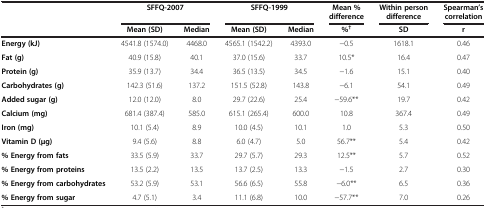
<table><thead><tr><td><b> </b></td><td colspan="2"><b>SFFQ-2007</b></td><td colspan="2"><b>SFFQ-1999</b></td><td><b>Mean % difference</b></td><td><b>Within person difference</b></td><td><b>Spearman’s correlation</b></td></tr><tr><td><b> </b></td><td><b>Mean (SD)</b></td><td><b>Median</b></td><td><b>Mean (SD)</b></td><td><b>Median</b></td><td><b>%<sup>†</sup></b></td><td><b>SD</b></td><td><b>r</b></td></tr></thead><tbody><tr><td><b>Energy (kJ)</b></td><td>4541.8 (1574.0)</td><td>4468.0</td><td>4565.1 (1542.2)</td><td>4393.0</td><td>−0.5</td><td>1618.1</td><td>0.46</td></tr><tr><td><b>Fat (g)</b></td><td>40.9 (15.8)</td><td>40.1</td><td>37.0 (15.6)</td><td>33.7</td><td>10.5*</td><td>16.4</td><td>0.47</td></tr><tr><td><b>Protein (g)</b></td><td>35.9 (13.7)</td><td>34.4</td><td>36.5 (13.5)</td><td>34.5</td><td>−1.6</td><td>15.1</td><td>0.40</td></tr><tr><td><b>Carbohydrates (g)</b></td><td>142.3 (51.6)</td><td>137.2</td><td>151.5 (52.8)</td><td>143.8</td><td>−6.1</td><td>54.1</td><td>0.49</td></tr><tr><td><b>Added sugar (g)</b></td><td>12.0 (12.0)</td><td>8.0</td><td>29.7 (22.6)</td><td>25.4</td><td>−59.6**</td><td>19.7</td><td>0.42</td></tr><tr><td><b>Calcium (mg)</b></td><td>681.4 (387.4)</td><td>585.0</td><td>615.1 (265.4)</td><td>600.0</td><td>10.8</td><td>367.4</td><td>0.49</td></tr><tr><td><b>Iron (mg)</b></td><td>10.1 (5.4)</td><td>8.9</td><td>10.0 (4.5)</td><td>10.1</td><td>1.0</td><td>5.3</td><td>0.50</td></tr><tr><td><b>Vitamin D (μg)</b></td><td>9.4 (5.6)</td><td>8.8</td><td>6.0 (4.7)</td><td>5.0</td><td>56.7**</td><td>5.4</td><td>0.42</td></tr><tr><td><b>% Energy from fats</b></td><td>33.5 (5.9)</td><td>33.7</td><td>29.7 (5.7)</td><td>29.3</td><td>12.5**</td><td>5.7</td><td>0.52</td></tr><tr><td><b>% Energy from proteins</b></td><td>13.5 (2.2)</td><td>13.5</td><td>13.7 (2.5)</td><td>13.3</td><td>−1.5</td><td>2.7</td><td>0.30</td></tr><tr><td><b>% Energy from carbohydrates</b></td><td>53.2 (5.9)</td><td>53.1</td><td>56.6 (6.5)</td><td>55.8</td><td>−6.0**</td><td>6.5</td><td>0.36</td></tr><tr><td><b>% Energy from sugar</b></td><td>4.7 (5.1)</td><td>3.4</td><td>11.1 (6.8)</td><td>10.0</td><td>−57.7**</td><td>7.0</td><td>0.26</td></tr></tbody></table>